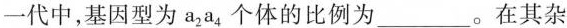
一代中，基因型为a_{2}a_{4}个体的比例为___。在其杂